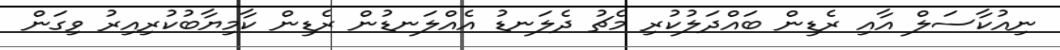
ނިއުކާސަލް އާއި ރެޑިން ބައްދަލުކުރި މެޗު ދެލަނޑު އެއްލަނޑުން ރެޑިން ކާމިޔާބުކުރިއިރު ވިގަން